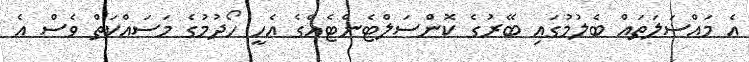
އެ މައްސަލަތައް ބެލުމުގައި ބޭރުގެ ކޮންސަލްޓެންޓެއްގެ އެހީ ހޯދުމުގެ މަސައްކަތް ވެސް އެ